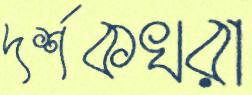
দর্শকখরা